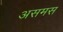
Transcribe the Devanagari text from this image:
असमस